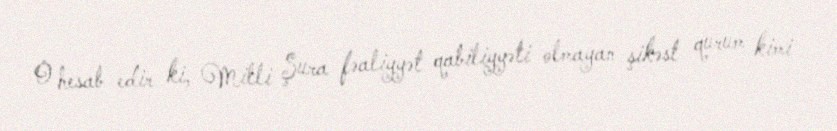
O hesab edir ki, Milli Şura fəaliyyət qabiliyyəti olmayan şikəst qurum kimi